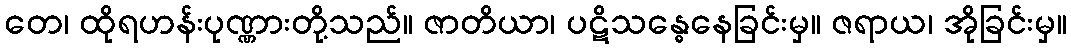
တေ၊ ထိုရဟန်းပုဏ္ဏားတို့သည်။ ဇာတိယာ၊ ပဋိသန္ဓေနေခြင်းမှ။ ဇရာယ၊ အိုခြင်းမှ။